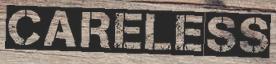
CARELESS